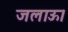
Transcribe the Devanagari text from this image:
जलाऊ।